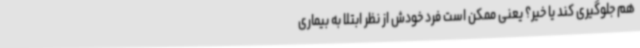
هم جلوگیری کند یا خیر؟ یعنی ممکن است فرد خودش از نظر ابتلا به بیماری